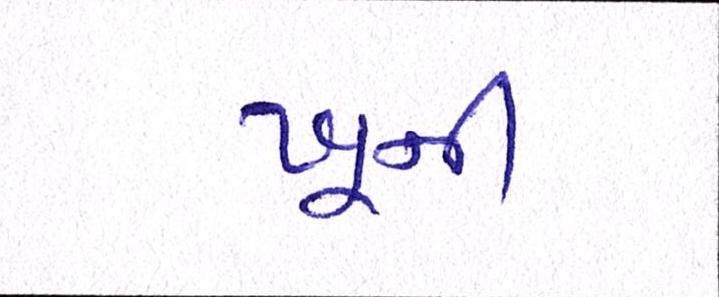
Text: ખૂની